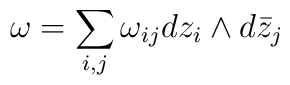
\omega=\sum_{i,j}\omega_{ij}d z_i\wedge d\bar z_j